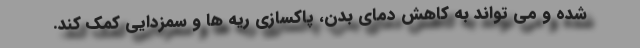
شده و می تواند به کاهش دمای بدن، پاکسازی ریه ها و سمزدایی کمک کند.